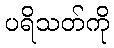
ပရိသတ်ကို